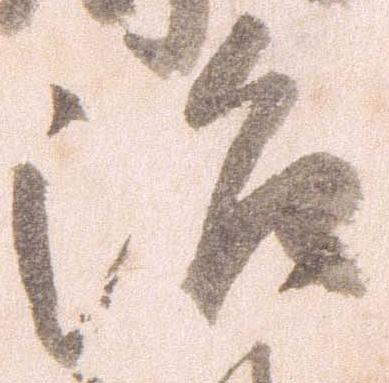
治